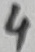
Text: 4